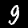
Digit: 9